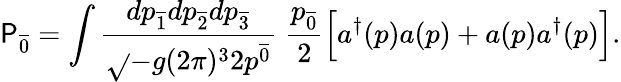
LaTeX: \mathsf{P}_{\overline{{{{0}}}}}=\int{\frac{{dp_{\overline{{{{1}}}}}dp_{\overline{{{{2}}}}}dp_{\overline{{{{3}}}}}}}{{\sqrt{}{{-g}}(2\pi)^{3}2p^{\overline{{{{0}}}}}}}}\; {\frac{{p_{\overline{{{{0}}}}}}}{{2}}}\Big[a^{\dagger}(p)a(p)+a(p)a^{\dagger}(p)\Big].